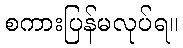
စကားပြန်မလုပ်ရ။